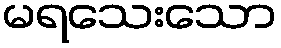
မရသေးသော